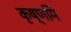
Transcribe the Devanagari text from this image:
कृष्णमि